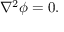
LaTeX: \nabla ^ { 2 } \phi = 0 .